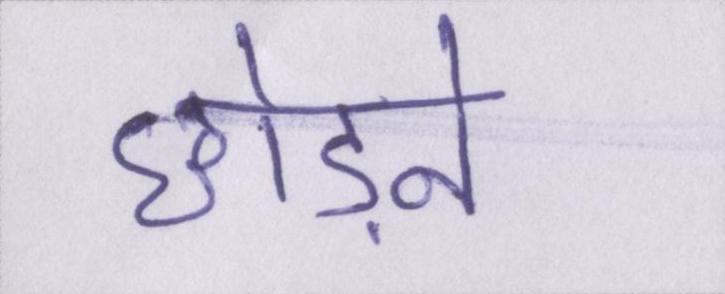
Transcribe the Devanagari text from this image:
छोड़ने